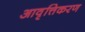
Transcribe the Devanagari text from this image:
आवृत्तिकरण